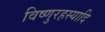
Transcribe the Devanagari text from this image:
विष्णुरहस्यादि